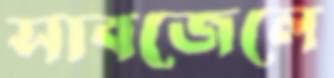
সাবজেলে